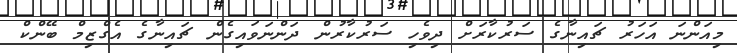
މިއަންނަ އަހަރު ޗައިނާގެ ސަރުކާރަށް ދިވެހި ސަރުކާރުން ދަންނަވައިގެން ޗައިނާގެ އެގްޒިމް ބޭންކް